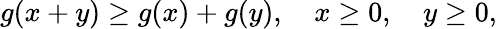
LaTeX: g(x+y)\geq g(x)+g(y),\quad x\geq 0,\quad y\geq 0,